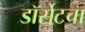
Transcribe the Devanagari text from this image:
डॉर्सेटचा